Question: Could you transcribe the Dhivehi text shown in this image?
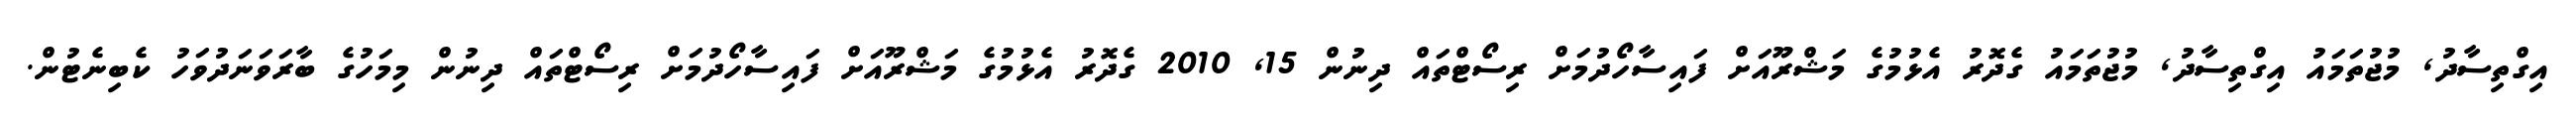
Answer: އިގްތިސާދު, މުޖުތަމައު އިގްތިސާދު, މުޖުތަމައު ގެދޮރު އެޅުމުގެ މަޝްރޫއަށް ފައިސާހޯދުމަށް ރިސޯޓްތައް ދިނުން 15, 2010 ގެދޮރު އެޅުމުގެ މަޝްރޫއަށް ފައިސާހޯދުމަށް ރިސޯޓްތައް ދިނުން މިމަހުގެ ބާރަވަނަދުވަހު ކެބިނެޓުން.